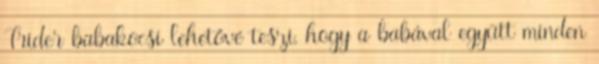
Trider babakocsi lehetővé teszi, hogy a babával együtt minden